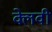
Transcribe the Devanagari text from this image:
क्लेवी